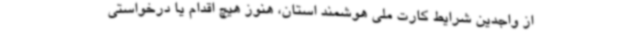
از واجدین شرایط کارت ملی هوشمند استان، هنوز هیچ اقدام یا درخواستی